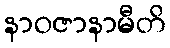
နာဝဇာနာမီတိ